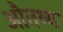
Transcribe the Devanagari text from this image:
औतथ्य